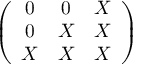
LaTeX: \left( \begin{array} { c c c } { { 0 } } & { { 0 } } & { { X } } \\ { { 0 } } & { { X } } & { { X } } \\ { { X } } & { { X } } & { { X } } \end{array} \right)